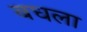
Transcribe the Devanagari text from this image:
बधला